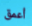
أعمق